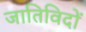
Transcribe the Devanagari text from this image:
जातिविदों